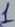
Text: 1